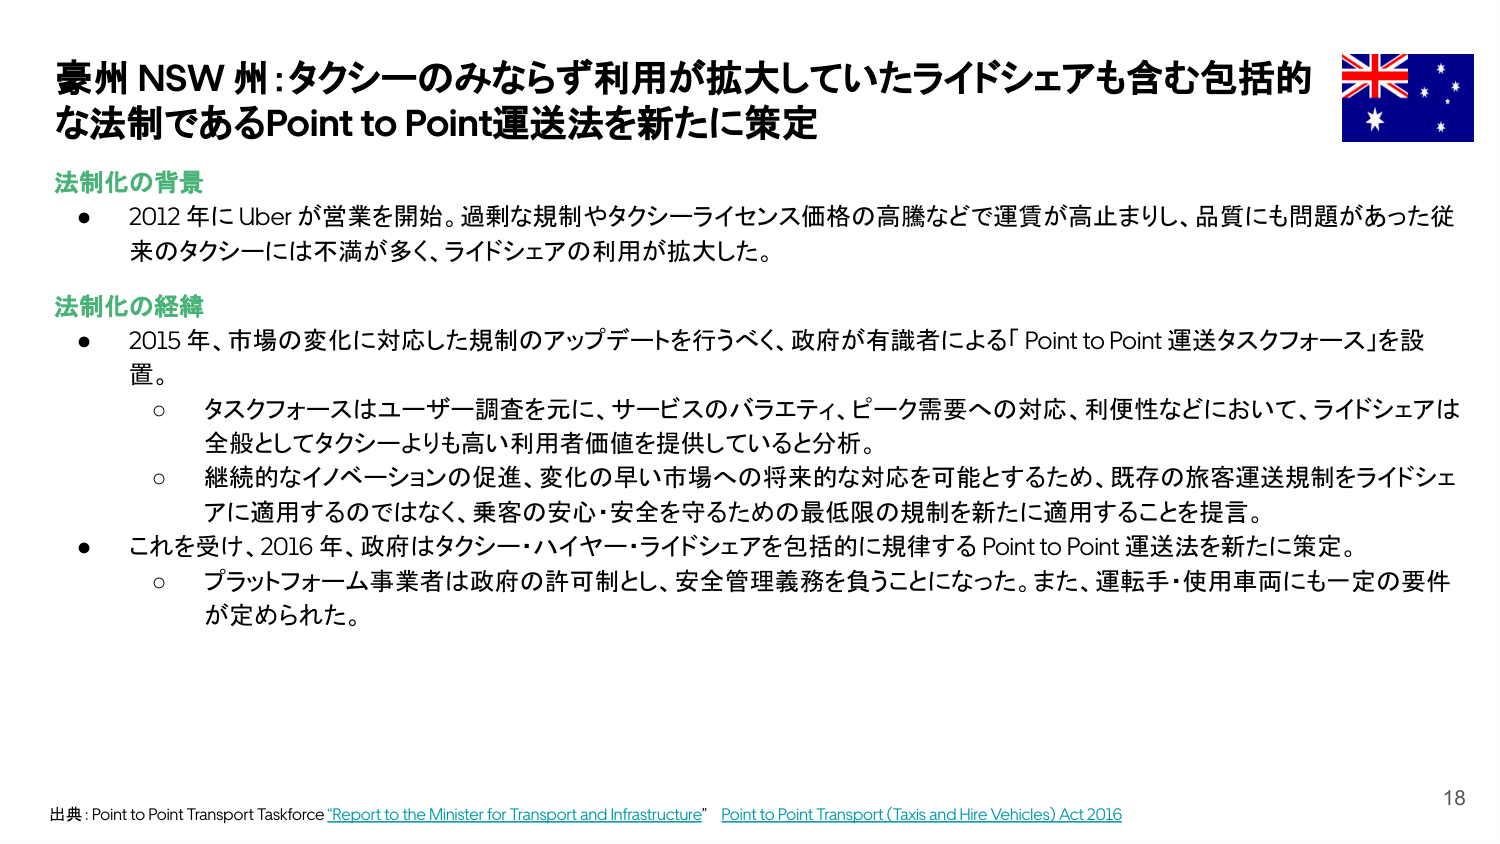
豪州 NSW 州：タクシーのみならず利用が拡大していたライドシェアも含む包括的な法制であるPoint to Point運送法を新たに策定

法制化の背景
● 2012年にUberが営業を開始。過剰な規制やタクシーライセンス価格の高騰などで運賃が高止まりし、品質にも問題があった従来のタクシーには不満が多く、ライドシェアの利用が拡大した。

法制化の経緯
● 2015年、市場の変化に対応した規制のアップデートを行うべく、政府が有識者による「Point to Point 運送タスクフォース」を設置。
　○ タスクフォースはユーザー調査を元に、サービスのバラエティ、ピーク需要への対応、利便性などにおいて、ライドシェアは全般としてタクシーよりも高い利用者価値を提供していると分析。
　○ 継続的なイノベーションの促進、変化の早い市場への将来的な対応を可能とするため、既存の旅客運送規制をライドシェアに適用するのではなく、乗客の安心・安全を守るための最低限の規制を新たに適用することを提言。
● これを受け、2016年、政府はタクシー・ハイヤー・ライドシェアを包括的に規律するPoint to Point 運送法を新たに策定。
　○ プラットフォーム事業者は政府の許可制とし、安全管理義務を負うことになった。また、運転手・使用車両にも一定の要件が定められた。

出典：Point to Point Transport Taskforce “Report to the Minister for Transport and Infrastructure” Point to Point Transport (Taxis and Hire Vehicles) Act 2016

18